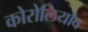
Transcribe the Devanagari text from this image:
कोरोलियोव